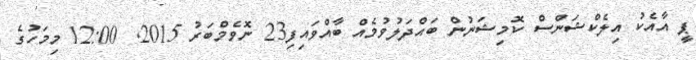
ޕީ އާއެކު އިލެކްޝަންސް ކޮމިޝަނުން ބައްދަލުވުމެއް ބާއްވައިފި23 ނޮވެމްބަރު 2015